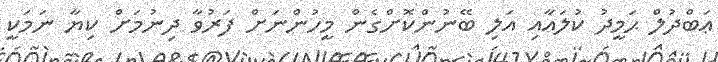
ޢަބްދުލް ޙަމީދު ކުލައާއި އަލި ބޭނުންކޮށްގެން މީހުންނަށް ފަރުވާ ދިނުމަށް ކިޔާ ނަމަކީ